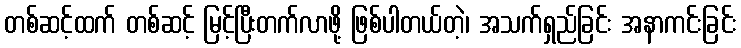
တစ်ဆင့်ထက် တစ်ဆင့် မြင့်ပြီးတက်လာဖို့ ဖြစ်ပါတယ်တဲ့၊ အသက်ရှည်ခြင်း အနာကင်းခြင်း